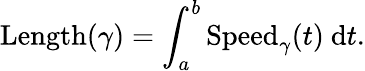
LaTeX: \operatorname{Length}(\gamma)=\int_{a}^{b}{\operatorname{Speed}_{\gamma}}(t)~\mathrm{d}{t}.